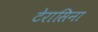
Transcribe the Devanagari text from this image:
टेरासिना